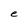
Character: e